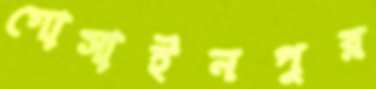
গোসাইনপুর